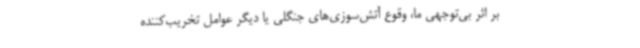
بر اثر بی‌توجهی ما، وقوع آتش‌سوزی‌های جنگلی یا دیگر عوامل تخریب‌کننده